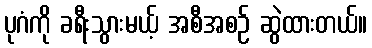
ပုဂံကို ခရီးသွားမယ့် အစီအစဉ် ဆွဲထားတယ်။